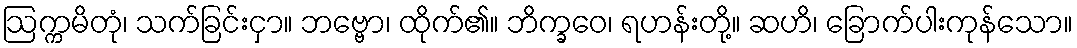
ဩက္ကမိတုံ၊ သက်ခြင်းငှာ။ ဘဗ္ဗော၊ ထိုက်၏။ ဘိက္ခဝေ၊ ရဟန်းတို့။ ဆဟိ၊ ခြောက်ပါးကုန်သော။